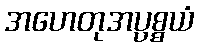
အဟေတုအပ္ပစ္စယံ